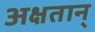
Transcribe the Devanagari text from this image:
अक्षतान्